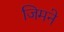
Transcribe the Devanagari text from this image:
जिमने